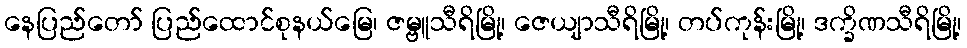
နေပြည်တော် ပြည်ထောင်စုနယ်မြေ၊ ဇမ္ဗူသီရိမြို့၊ ဇေယျာသီရိမြို့၊ တပ်ကုန်းမြို့၊ ဒက္ခိဏသီရိမြို့၊